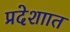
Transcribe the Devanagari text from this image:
प्रदेशाात